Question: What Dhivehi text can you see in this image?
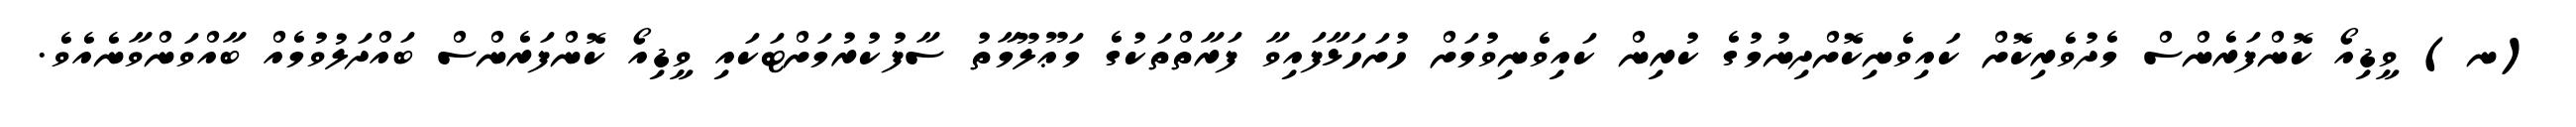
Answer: (ނ) ވީޑިއޯ ކޮންފަރެންސް މެދުވެރިކޮށް ކައިވެނިކޮށްދިނުމުގެ ކުރިން ކައިވެނިވުމަށް ހުށަހަޅާފައިވާ ފަރާތްތަކުގެ މަޢޫލޫމާތު ސާފުކުރުމަށްޓަކައި ވީޑިއޯ ކޮންފަރެންސް ބައްދަލުވުމެއް ބާއްވަންވާނެއެވެ.